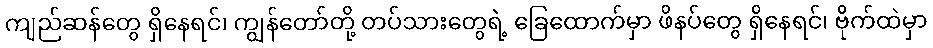
ကျည်ဆန်တွေ ရှိနေရင်၊ ကျွန်တော်တို့ တပ်သားတွေရဲ့ ခြေထောက်မှာ ဖိနပ်တွေ ရှိနေရင်၊ ဗိုက်ထဲမှာ